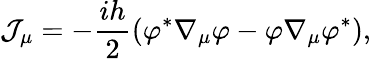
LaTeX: {\cal J}_{\mu}=-\frac{ih}2\left(\varphi^{*}\nabla_{\mu}\varphi-\varphi\nabla_{\mu}\varphi^{*}\right),